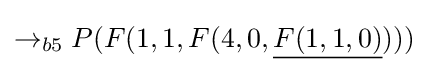
\rightarrow _{b5}P(F(1,1,F(4,0,{\underline {F(1,1,0)}})))